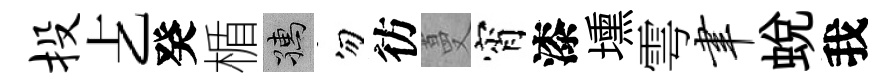
投𠧒癸楯孺勿彷蔓宵漆壎雩聿蜕我